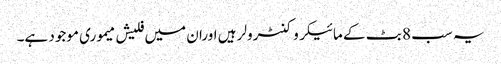
یہ سب 8 بٹ کے مائیکروکنٹرولر ہیں اوران میں فلیش میموری موجود ہے۔